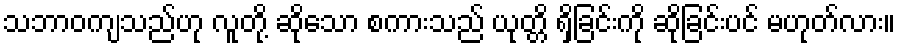
သဘာဝကျသည်ဟု လူတို့ ဆိုသော စကားသည် ယုတ္တိ ရှိခြင်းကို ဆိုခြင်းပင် မဟုတ်လား။